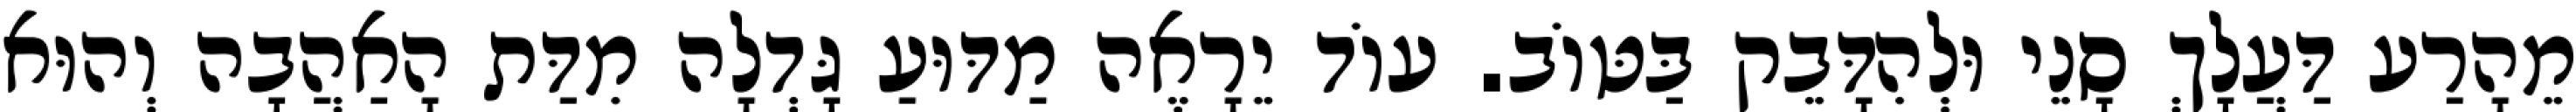
מֵהָרַע דַּעֲלָךְ סָנֵי וּלְהִדָּבֵק בַּטּוֹב. עוֹד יֵרָאֶה מַדּוּעַ גָּדְלָה מִדַּת הָאַהֲבָה וְהוּא